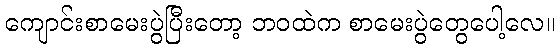
ကျောင်းစာမေးပွဲပြီးတော့ ဘဝထဲက စာမေးပွဲတွေပေါ့လေ။